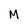
Character: M